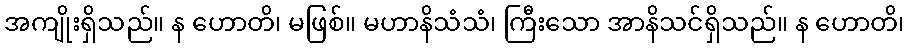
အကျိုးရှိသည်။ န ဟောတိ၊ မဖြစ်။ မဟာနိသံသံ၊ ကြီးသော အာနိသင်ရှိသည်။ န ဟောတိ၊